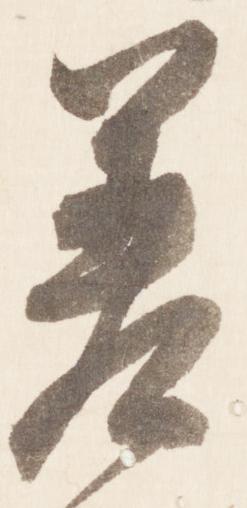
差